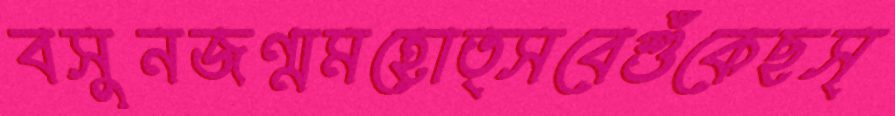
বসুনজন্মমহোত্সবেশুঁকেছস্